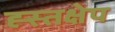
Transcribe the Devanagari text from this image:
ह्स्तक्षेप